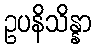
ဥပနိသိန္နာ